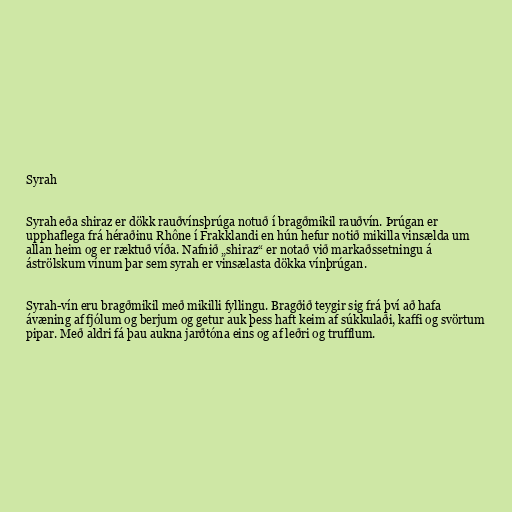
Syrah

Syrah eða shiraz er dökk rauðvínsþrúga notuð í bragðmikil rauðvín. Þrúgan er
upphaflega frá héraðinu Rhône í Frakklandi en hún hefur notið mikilla vinsælda um
allan heim og er ræktuð víða. Nafnið „shiraz“ er notað við markaðssetningu á
áströlskum vínum þar sem syrah er vinsælasta dökka vínþrúgan.

Syrah-vín eru bragðmikil með mikilli fyllingu. Bragðið teygir sig frá því að hafa
ávæning af fjólum og berjum og getur auk þess haft keim af súkkulaði, kaffi og svörtum
pipar. Með aldri fá þau aukna jarðtóna eins og af leðri og trufflum.